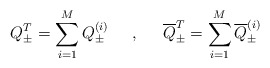
\begin{align*}Q_{\pm}^{T}=\sum_{i=1}^{M} Q_{\pm}^{(i)} \hspace{6mm},\hspace{6mm}\overline{Q}_{\pm}^{T} = \sum_{i=1}^{M}\overline{Q}_{\pm}^{(i)}\end{align*}